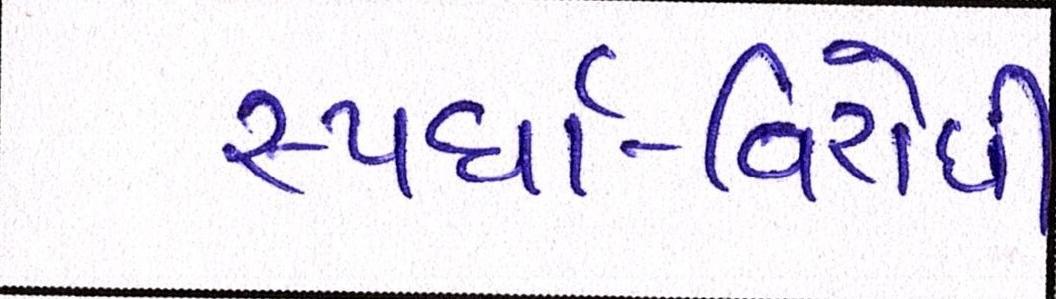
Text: સ્પર્ધા-વિરોધી